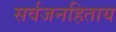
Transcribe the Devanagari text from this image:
सर्वजनहिताय